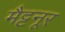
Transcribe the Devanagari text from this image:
मैट्टनूर